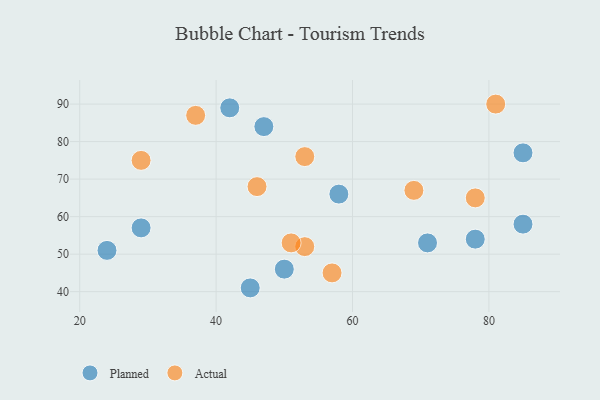
{"axis": {"x": "GDP", "y": "Life Expectancy"}, "legend": ["Actual", "Planned"], "data": [{"x": "29", "y": 57, "type": "Planned"}, {"x": "85", "y": 77, "type": "Planned"}, {"x": "45", "y": 41, "type": "Planned"}, {"x": "50", "y": 46, "type": "Planned"}, {"x": "71", "y": 53, "type": "Planned"}, {"x": "58", "y": 66, "type": "Planned"}, {"x": "42", "y": 89, "type": "Planned"}, {"x": "85", "y": 58, "type": "Planned"}, {"x": "24", "y": 51, "type": "Planned"}, {"x": "47", "y": 84, "type": "Planned"}, {"x": "78", "y": 54, "type": "Planned"}, {"x": "69", "y": 67, "type": "Actual"}, {"x": "29", "y": 75, "type": "Actual"}, {"x": "53", "y": 52, "type": "Actual"}, {"x": "53", "y": 76, "type": "Actual"}, {"x": "81", "y": 90, "type": "Actual"}, {"x": "57", "y": 45, "type": "Actual"}, {"x": "78", "y": 65, "type": "Actual"}, {"x": "51", "y": 53, "type": "Actual"}, {"x": "46", "y": 68, "type": "Actual"}, {"x": "37", "y": 87, "type": "Actual"}]}